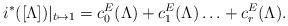
LaTeX: \begin{align*} i^*([\Lambda])\vert_{t\mapsto 1}=c_0^E(\Lambda) + c_1^E(\Lambda)\ldots + c_r^E(\Lambda).\end{align*}